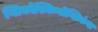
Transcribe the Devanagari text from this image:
ग्लिकोस्मिन्गोग्लिकंस